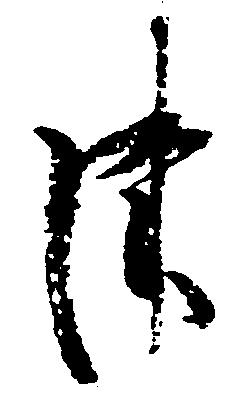
津